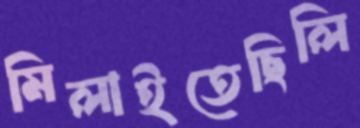
মিলাইতেছিলি